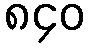
၈၄၀